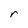
Character: r